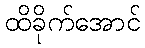
ထိခိုက်အောင်